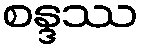
စန္ဒဿ